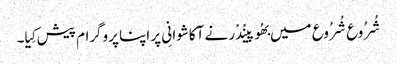
شُرُوع شُرُوع میں بھُوپینْدْر نے آکاشوانِی پر اپنا پروگرام پیش کِیا۔